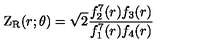
\mathrm { Z } _ { \mathrm { R } } ( r ; \theta ) = \sqrt { 2 } { \frac { f _ { 2 } ^ { 7 } ( r ) f _ { 3 } ( r ) } { f _ { 1 } ^ { 7 } ( r ) f _ { 4 } ( r ) } }